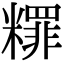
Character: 䊫